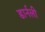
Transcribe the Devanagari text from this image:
डार्नली